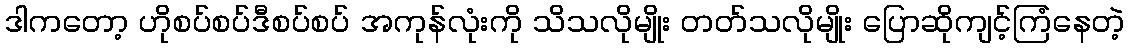
ဒါကတော့ ဟိုစပ်စပ်ဒီစပ်စပ် အကုန်လုံးကို သိသလိုမျိုး တတ်သလိုမျိုး ပြောဆိုကျင့်ကြံနေတဲ့